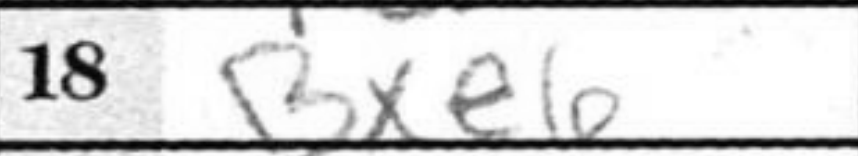
Transcription: Bxe6